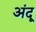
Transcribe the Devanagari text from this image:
अंदू